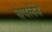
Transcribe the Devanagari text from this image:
चपलेने